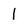
Character: 1